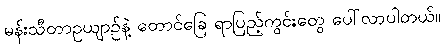
မန်းသီတာဥယျာဉ်နဲ့ တောင်ခြေ ရာပြည့်ကွင်းတွေ ပေါ်လာပါတယ်။